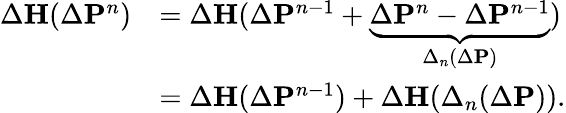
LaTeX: \begin{array}{rl}{\Delta{\mathbf H}(\Delta{\mathbf P}^{n})}&{=\Delta{\mathbf H}(\Delta{\mathbf P}^{n-1}+\underbrace{\Delta{\mathbf P}^{n}-\Delta{\mathbf P}^{n-1}}_{\Delta_{n}(\Delta{\mathbf P})})}\\ &{=\Delta{\mathbf H}(\Delta{\mathbf P}^{n-1})+\Delta{\mathbf H}(\Delta_{n}(\Delta{\mathbf P})).}\end{array}